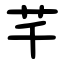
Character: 芊